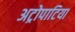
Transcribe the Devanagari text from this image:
अट्रोपाटिया